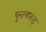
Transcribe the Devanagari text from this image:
पुराणरूढ़